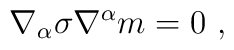
\nabla_{\alpha}\sigma \nabla^{\alpha }m=0~,